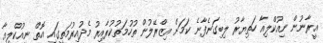
އީރާނުން ނިއުކްލިއާ ހަތިޔާރު ލިބިގަނެފާނެ ކަމަށް އިޒްރޭލުން ތުހުމަތުކުރާއިރު މެދުއިރުމަތީގައި އޮތް ނިއުކްލިއާ